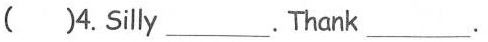
（ ）4.Silly___. Thank___.